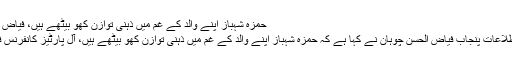
حمزہ شہباز اپنے والد کے غم میں ذہنی توازن کھو بیٹھے ہیں، فیاض الحسن چوہان -
لاہور : وزیراطلاعات پنجاب فیاض الحسن چوہان نے کہا ہے کہ حمزہ شہباز اپنے والد کے غم میں ذہنی توازن کھو بیٹھے ہیں، آل پارٹیز کانفرنس فلاپ شو ہوگیا۔